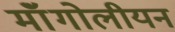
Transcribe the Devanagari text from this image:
मॉंगोलीयन